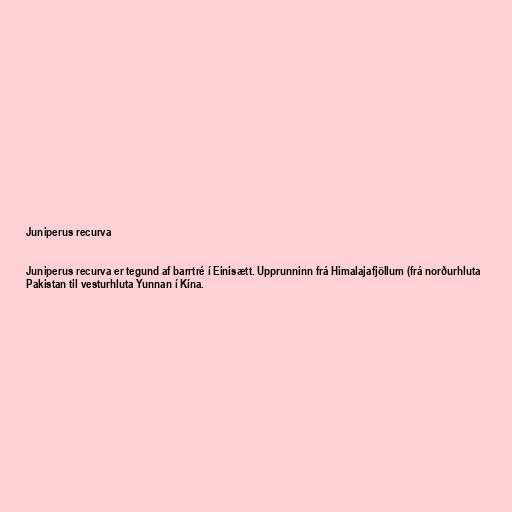
Juniperus recurva

Juniperus recurva er tegund af barrtré í Einisætt. Upprunninn frá Himalajafjöllum (frá norðurhluta
Pakistan til vesturhluta Yunnan í Kína.